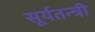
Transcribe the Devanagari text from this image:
सूर्यतन्त्री